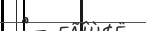
٩